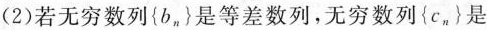
(2)若无穷数列{b_{n}}是等差数列，无穷数列{c_{n}}是